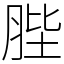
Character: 䏶